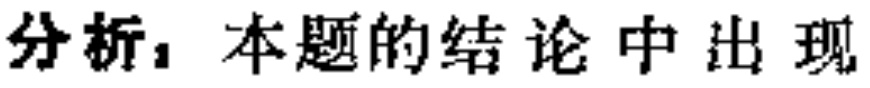
分析，本题的结论中出现